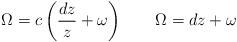
LaTeX: \begin{align*}\Omega=c\left(\frac{dz}{z}+\omega\right) \ \ \ \ \ \ \Omega=dz+\omega\end{align*}